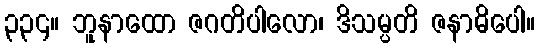
၃၃၄။ ဘူနာထော ဇဂတိပါလော၊ ဒိသမ္ပတိ ဇနာဓိပေါ။